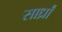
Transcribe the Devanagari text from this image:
सार्ध्रां